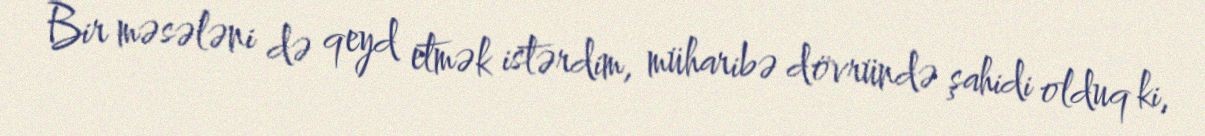
Bir məsələni də qeyd etmək istərdim, müharibə dövründə şahidi olduq ki,